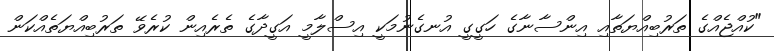
"ކުއްޖެއްގެ ތަރުބިއްޔަތާއި އިންސާނާގެ ހަގީގީ އުނގެނުމަކީ އިސްލާމީ އަގީދާގެ ތެރެއިން ކުރެވޭ ތަރުބިއްޔަތެއްކަން